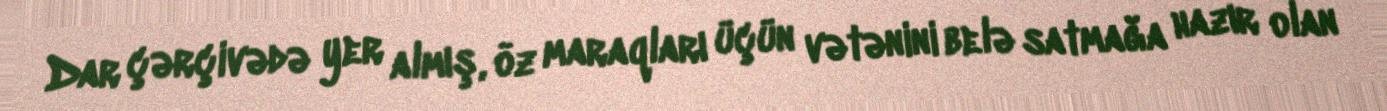
Dar çərçivədə yer almış, öz maraqları üçün vətənini belə satmağa hazır olan